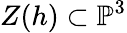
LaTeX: Z(h)\subset\mathbb{P}^{3}